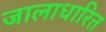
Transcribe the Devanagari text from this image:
जालाधारित